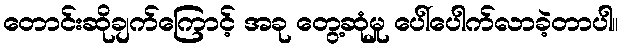
တောင်းဆိုချက်ကြောင့် အခု တွေ့ဆုံမှု ပေါ်ပေါက်လာခဲ့တာပါ။